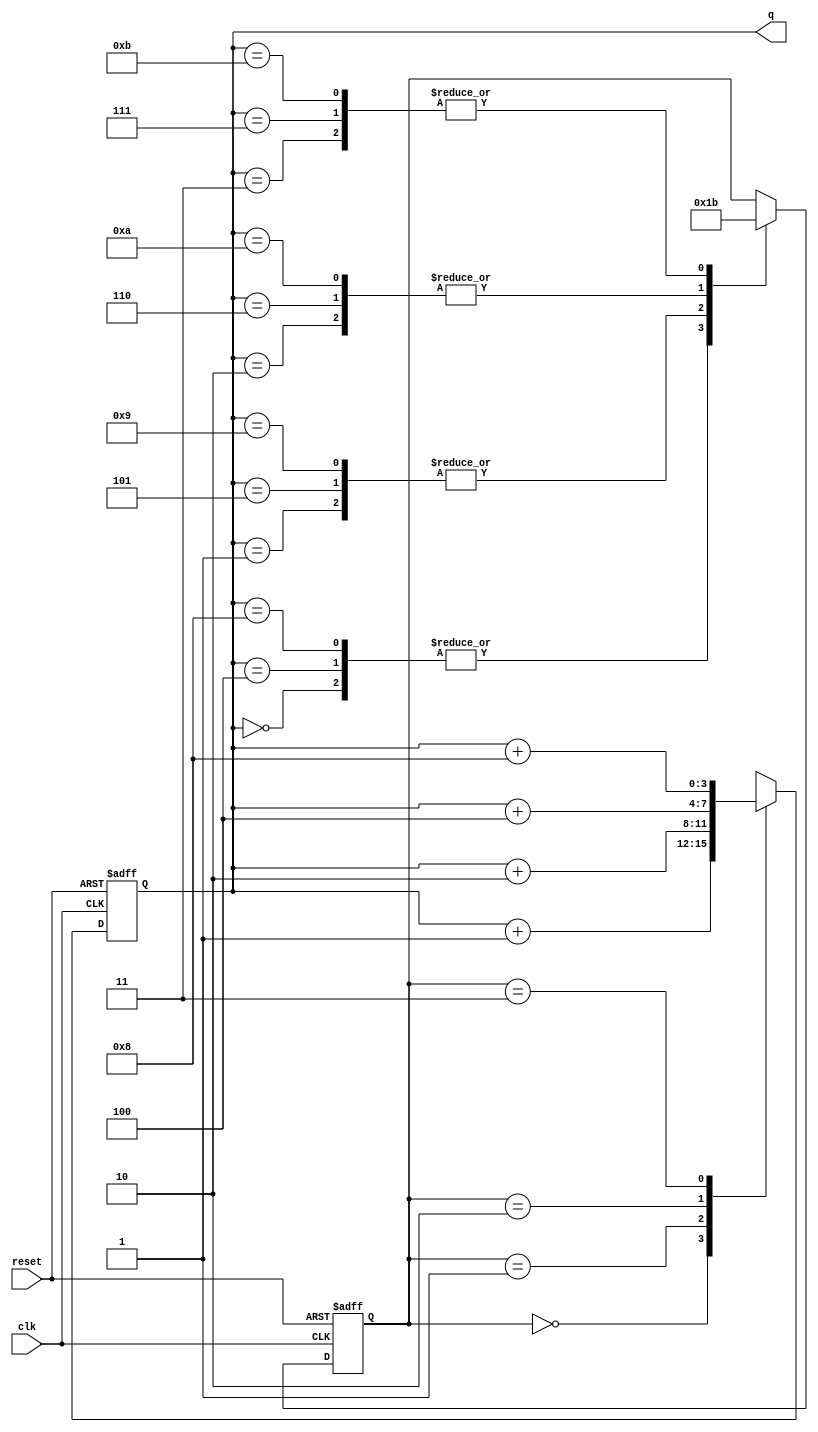
module top_module (
    input clk,
    input reset,
    output [3:0] q);

    reg [3:0] counter;
    reg [1:0] state;

    always @(posedge clk or posedge reset) begin
        if (reset) begin
            counter <= 1'b0;
        end else begin
            case (state)
                2'b00: counter <= counter + 1;
                2'b01: counter <= counter + 2;
                2'b10: counter <= counter + 4;
                2'b11: counter <= counter + 8;
            endcase
        end
    end

    always @(posedge clk or posedge reset) begin
        if (reset) begin
            state <= 2'b00;
        end else begin
            case (counter)
                10'h0: state <= 2'b00;
                10'h1: state <= 2'b01;
                10'h2: state <= 2'b10;
                10'h3: state <= 2'b11;
                10'h4: state <= 2'b00;
                10'h5: state <= 2'b01;
                10'h6: state <= 2'b10;
                10'h7: state <= 2'b11;
                10'h8: state <= 2'b00;
                10'h9: state <= 2'b01;
                10'ha: state <= 2'b10;
                10'hb: state <= 2'b11;
            endcase
        end
    end

    assign q = counter;

endmodule